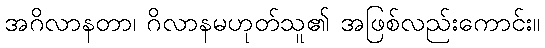
အဂိလာနတာ၊ ဂိလာနမဟုတ်သူ၏ အဖြစ်လည်းကောင်း။